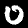
Label: 0